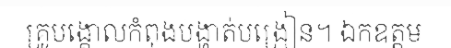
គ្រូបង្គោលកំពុងបង្ហាត់បង្រៀន។ ឯកឧត្តម